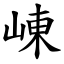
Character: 崠